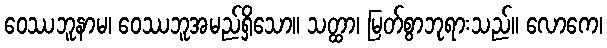
ဝေဿဘူနာမ၊ ဝေဿဘူအမည်ရှိသော။ သတ္ထာ၊ မြတ်စွာဘုရားသည်။ လောကေ၊